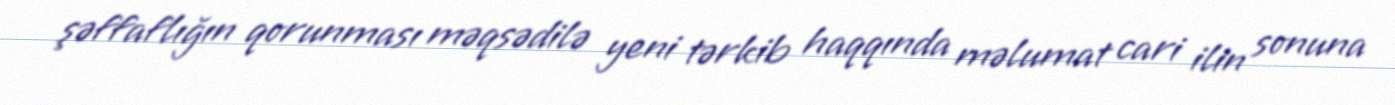
şəffaflığın qorunması məqsədilə yeni tərkib haqqında məlumat cari ilin sonuna